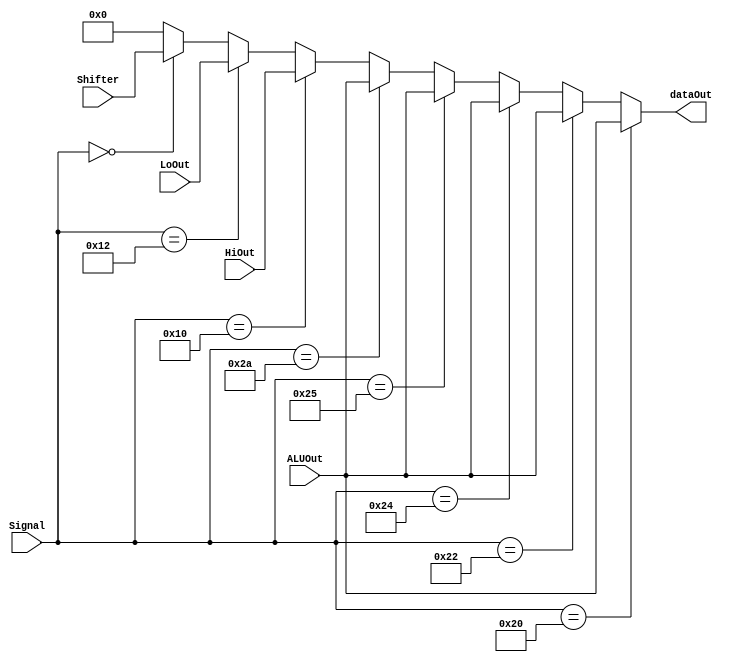
`timescale 1ns/1ns
module MUX( ALUOut, HiOut, LoOut, Shifter, Signal, dataOut );
input [31:0] ALUOut ;
input [31:0] HiOut ;
input [31:0] LoOut ;
input [31:0] Shifter ;

input [5:0] Signal ;
output [31:0] dataOut ;


wire [31:0] temp ;

parameter AND = 6'b100100;
parameter OR  = 6'b100101;
parameter ADD = 6'b100000;
parameter SUB = 6'b100010;
parameter SLT = 6'b101010;

parameter SLL = 6'b000000;

parameter MFHI= 6'b010000;
parameter MFLO= 6'b010010;
/*
wqUT
*/
/*
=====================================================
UdA{gvWkg
=====================================================
*/
assign temp = (Signal == ADD)?ALUOut: 
			  (Signal == SUB)?ALUOut:
			  (Signal == AND)?ALUOut:
			  (Signal == OR)?ALUOut:
			  (Signal == SLT)?ALUOut:
			  (Signal == MFHI)?HiOut:
			  (Signal == MFLO)?LoOut:
			  (Signal == SLL)?Shifter:
			  32'b0 ;


			  
/*
===========
   n
===========
MFHIMMFLO
oDO@wn[i
oOHILOsXO
OO
===========
   n
===========
*/

/*
WocaseObTBz
OisignalPJ
MisAX
*/
assign dataOut = temp ;
/*
=====================================================
WdA{gvWkg
=====================================================
*/

endmodule